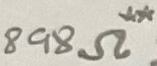
Text: 898Ω**